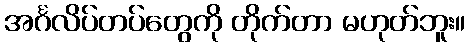
အင်္ဂလိပ်တပ်တွေကို တိုက်တာ မဟုတ်ဘူး။